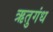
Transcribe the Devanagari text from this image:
ऋतुगंध